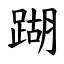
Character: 䠒